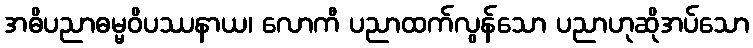
အဓိပညာဓမ္မဝိပဿနာယ၊ လောကီ ပညာထက်လွန်သော ပညာဟုဆိုအပ်သော